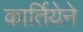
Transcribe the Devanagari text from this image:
कार्तियेने